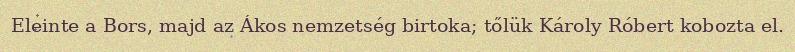
Eleinte a Bors, majd az Ákos nemzetség birtoka; tőlük Károly Róbert kobozta el.